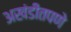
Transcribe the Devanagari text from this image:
अखंडीतपणे